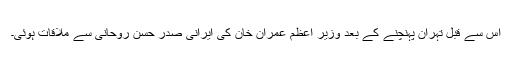
اس سے قبل تہران پہنچنے کے بعد وزیر اعظم عمران خان کی ایرانی صدر حسن روحانی سے ملاقات ہوئی۔